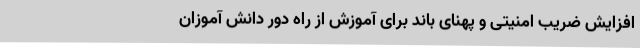
افزایش ضریب امنیتی و پهنای باند برای آموزش از راه دور دانش آموزان